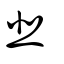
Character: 韭